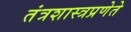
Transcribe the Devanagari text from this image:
तंत्रशास्त्रप्रणेते